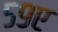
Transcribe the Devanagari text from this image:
५९ए